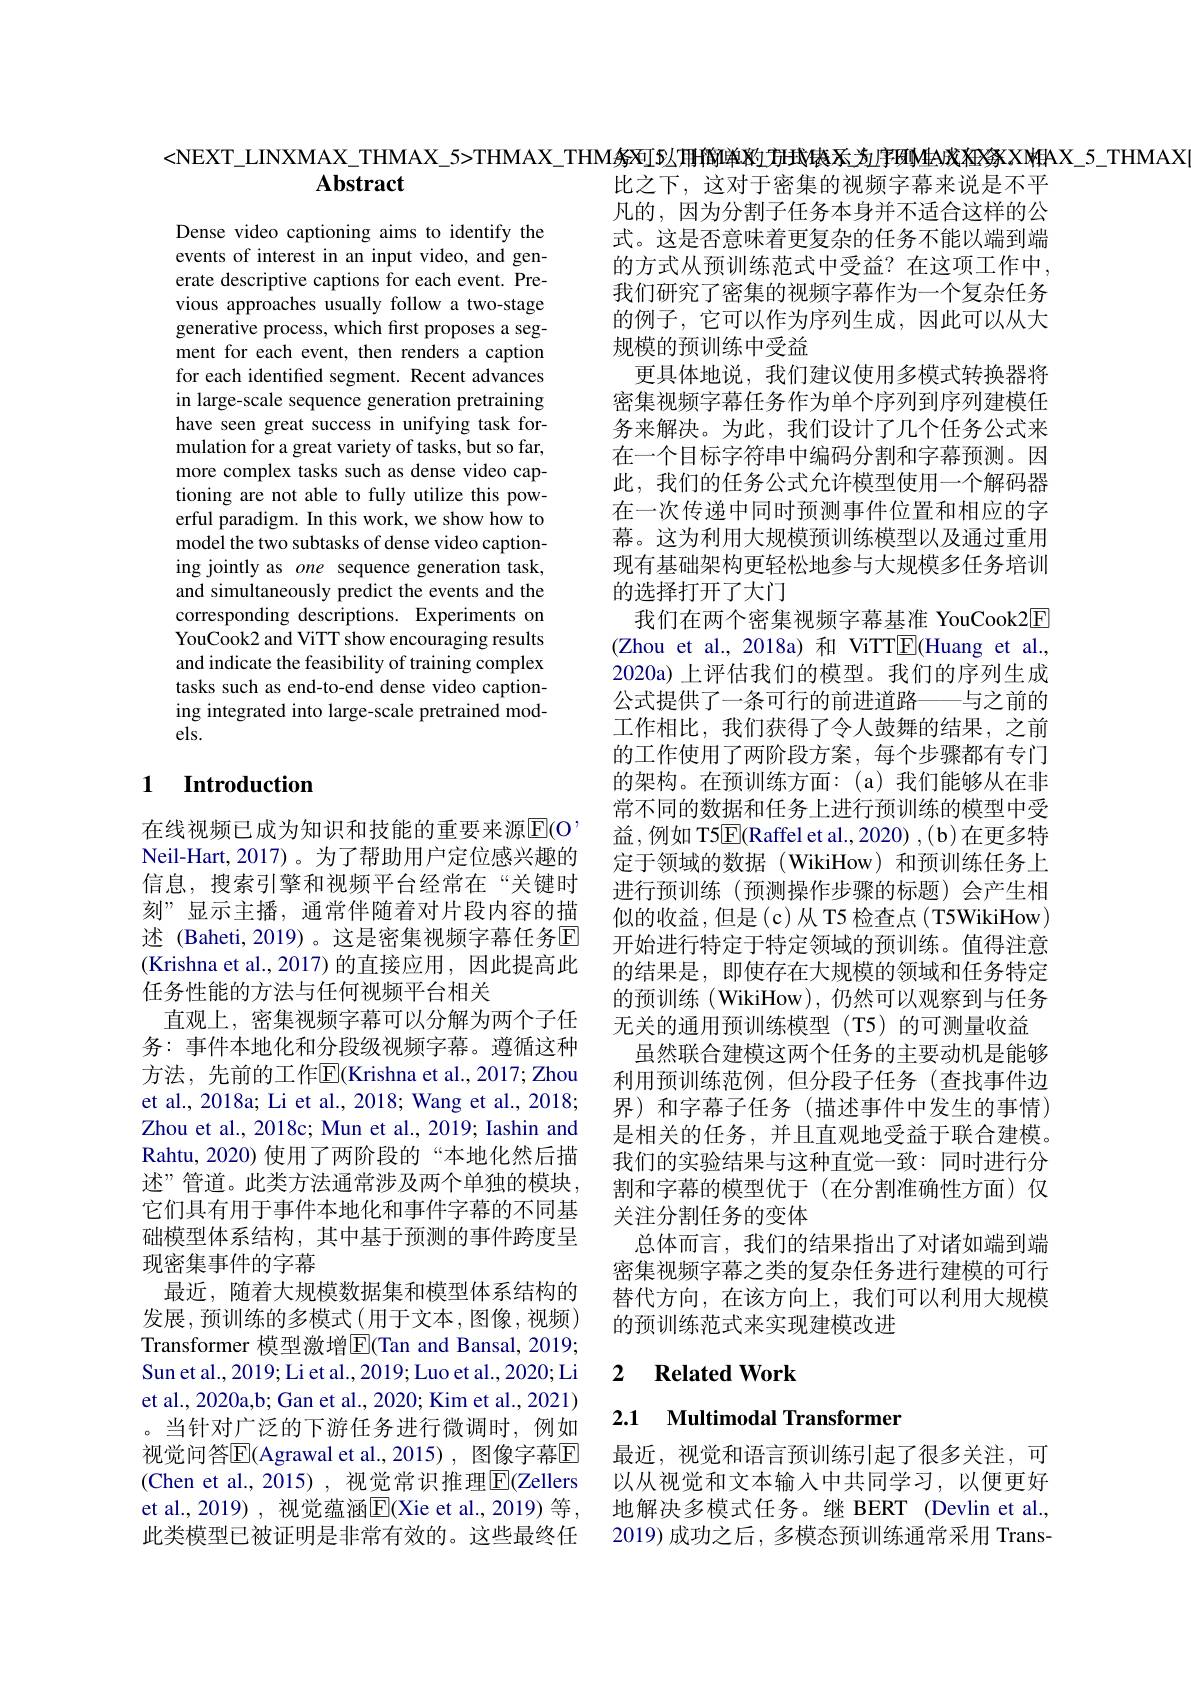
Abstract

Dense video captioning aims to identify the events of interest in an input video, and generate descriptive captions for each event. Previous approaches usually follow a two-stage generative process, which first proposes a segment for each event, then renders a caption for each identified segment. Recent advances in large-scale sequence generation pretraining have seen great success in unifying task formulation for a great variety of tasks, but so far, more complex tasks such as dense video captioning are not able to fully utilize this powerful paradigm. In this work, we show how to model the two subtasks of dense video captioning jointly as one sequence generation task, and simultaneously predict the events and the corresponding descriptions. Experiments on YouCook2 and ViTT show encouraging results and indicate the feasibility of training complex tasks such as end-to-end dense video captioning integrated into large-scale pretrained models.

### 1 $\textbf{Introduction}$

在线视频已成为知识和技能的重要来源$\overline{\mathrm{E}}($O Neil-Hart, 2017)。为了帮助用户定位感兴趣的信息，搜索引擎和视频平台经常在“关键时刻”显示主播，通常伴随着对片段内容的描述 (Baheti, 2019)。这是密集视频字幕任务区(Krishna et al.,2017)的直接应用，因此提高此任务性能的方法与任何视频平台相关
直观上，密集视频字幕可以分解为两个子任务：事件本地化和分段级视频字幕。遵循这种方法，先前的工作$\overline{\mathrm{E}}($Krishna et al.,2017;Zhou et al., 2018a; Li et al., 2018; Wang et al., 2018; Zhou et al., 2018c; Mun et al., 2019; Iashin and Rahtu, 2020) 使用了两阶段的“本地化然后描述”管道。此类方法通常涉及两个单独的模块， 它们具有用于事件本地化和事件字幕的不同基础模型体系结构，其中基于预测的事件跨度呈现密集事件的字幕
最近，随着大规模数据集和模型体系结构的发展，预训练的多模式(用于文本，图像，视频) Transformer 模型激增$\overline{\mathrm{E}}($Tan and Bansal, 2019; Sun et al., 2019; Li et al., 2019; Luo et al., 2020; Li et al., 2020a,b; Gan et al., 2020; Kim et al., 2021) 。当针对广泛的下游任务进行微调时，例如视觉问答$\overline{\mathrm{E}}($Agrawal et al.,2015), 图像字幕$\overline{\mathrm{E}}$ (Chen et al.,2015) ,视觉常识推理$\boxed{\mathrm{F}}$(Zellers et al.,2019) , 视觉蕴涵E$( Xie et al. , 2019) 等 $, 此类模型已被证明是非常有效的。这些最终任

<NEXT\_LINXMAX\_THMAX\_5>THMAX\_THMAX\_THM务死ISL用附单双方式缺天为字例M4A戏狂涤XWAX_5\_THMAX
比之下，这对于密集的视频字幕来说是不平凡的，因为分割子任务本身并不适合这样的公式。这是否意味着更复杂的任务不能以端到端的方式从预训练范式中受益？在这项工作中， 我们研究了密集的视频字幕作为一个复杂任务的例子，它可以作为序列生成，因此可以从大规模的预训练中受益
更具体地说，我们建议使用多模式转换器将密集视频字幕任务作为单个序列到序列建模任务来解决。为此，我们设计了几个任务公式来在一个目标字符串中编码分割和字幕预测。因此，我们的任务公式允许模型使用一个解码器在一次传递中同时预测事件位置和相应的字幕。这为利用大规模预训练模型以及通过重用现有基础架构更轻松地参与大规模多任务培训的选择打开了大门
我们在两个密集视频字幕基准 YouCook2$\boxed{\mathrm{E}}$ (Zhou et al.,2018a)和 ViTTE(Huang et al., 2020a) 上评估我们的模型。我们的序列生成公式提供了一条可行的前进道路——与之前的工作相比，我们获得了令人鼓舞的结果，之前的工作使用了两阶段方案，每个步骤都有专门的架构。在预训练方面：(a)我们能够从在非常不同的数据和任务上进行预训练的模型中受益，例如 T5$\overline{\mathrm{E}}($Raffel et al., 2020) , ( b) 在更多特定于领域的数据(WikiHow)和预训练任务上进行预训练(预测操作步骤的标题)会产生相似的收益，但是(c)从T5 检查点(T5WikiHow) 开始进行特定于特定领域的预训练。值得注意的结果是，即使存在大规模的领域和任务特定的预训练 (WikiHow), 仍然可以观察到与任务无关的通用预训练模型(T5)的可测量收益
虽然联合建模这两个任务的主要动机是能够利用预训练范例，但分段子任务(查找事件边界) 和字幕子任务 (描述事件中发生的事情) 是相关的任务，并且直观地受益于联合建模。我们的实验结果与这种直觉一致：同时进行分割和字幕的模型优于(在分割准确性方面)仅关注分割任务的变体
总体而言，我们的结果指出了对诸如端到端密集视频字幕之类的复杂任务进行建模的可行替代方向，在该方向上，我们可以利用大规模的预训练范式来实现建模改进

## 2 $\textbf{Related Work}$

## 2.1 Multimodal Transformer

最近，视觉和语言预训练引起了很多关注，可以从视觉和文本输入中共同学习，以便更好地解决多模式任务。继 BERT (Devlin et al., 2019)成功之后，多模态预训练通常采用 Trans-